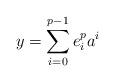
LaTeX: \begin{align*}y = \sum_{i = 0}^{p-1} e_i^pa^i\end{align*}